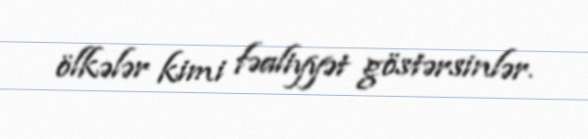
ölkələr kimi fəaliyyət göstərsinlər.